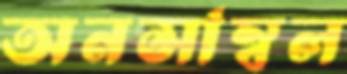
অনসাম্বল